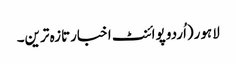
لاہور(اُردو پوائنٹ اخبارتازہ ترین۔